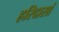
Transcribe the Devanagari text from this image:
हरिदासां